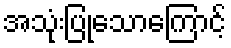
အသုံးပြုသောကြောင့်